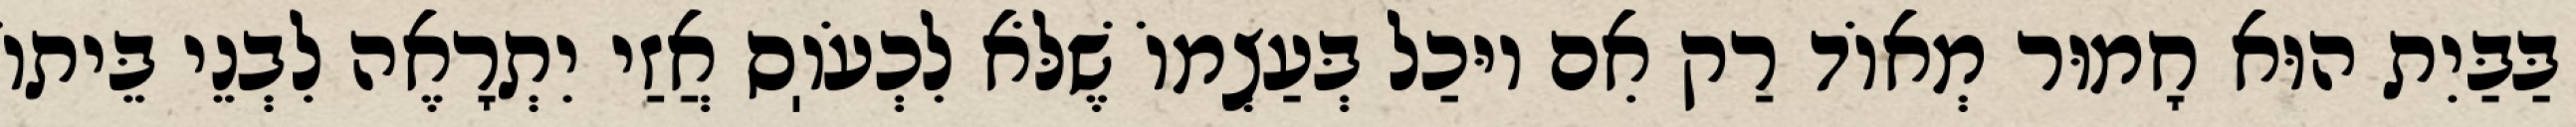
בַּבַּיִת הוּא חָמוּר מְאוֹד רַק אִם יוּכַל בְּעַצְמוֹ שֶׁלֹּא לִכְעֹוֽס אֲזַי יִתְרָאֶה לִבְנֵי בֵּיתוֹ